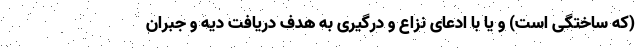
(که ساختگی است) و یا با ادعای نزاع و درگیری به هدف دریافت دیه و جبران